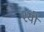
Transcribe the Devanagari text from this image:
श्यो